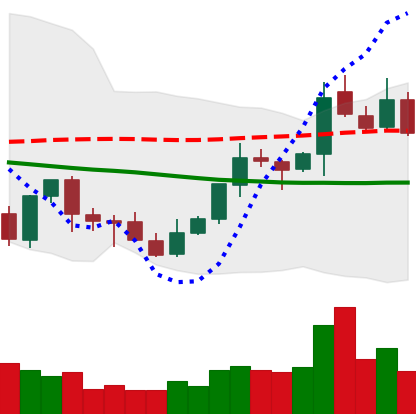
Ticker: XLM-USD
Chart end date: 2021-10-10
Forward return: 8.696%
Label: up_7plus